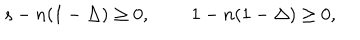
s - n ( 1 - \Delta ) \geq 0 , \, \, \, \, \, \, \, \, \, \, \, \, \, 1 - n ( 1 - \Delta ) \geq 0 ,